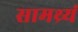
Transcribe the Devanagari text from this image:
सामथ्र्यं